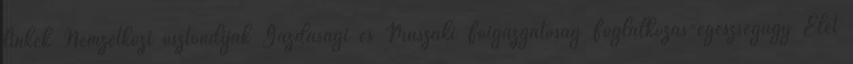
linkek Nemzetközi ösztöndíjak Gazdasági és Műszaki Főigazgatóság Foglalkozás-egészségügy Élet